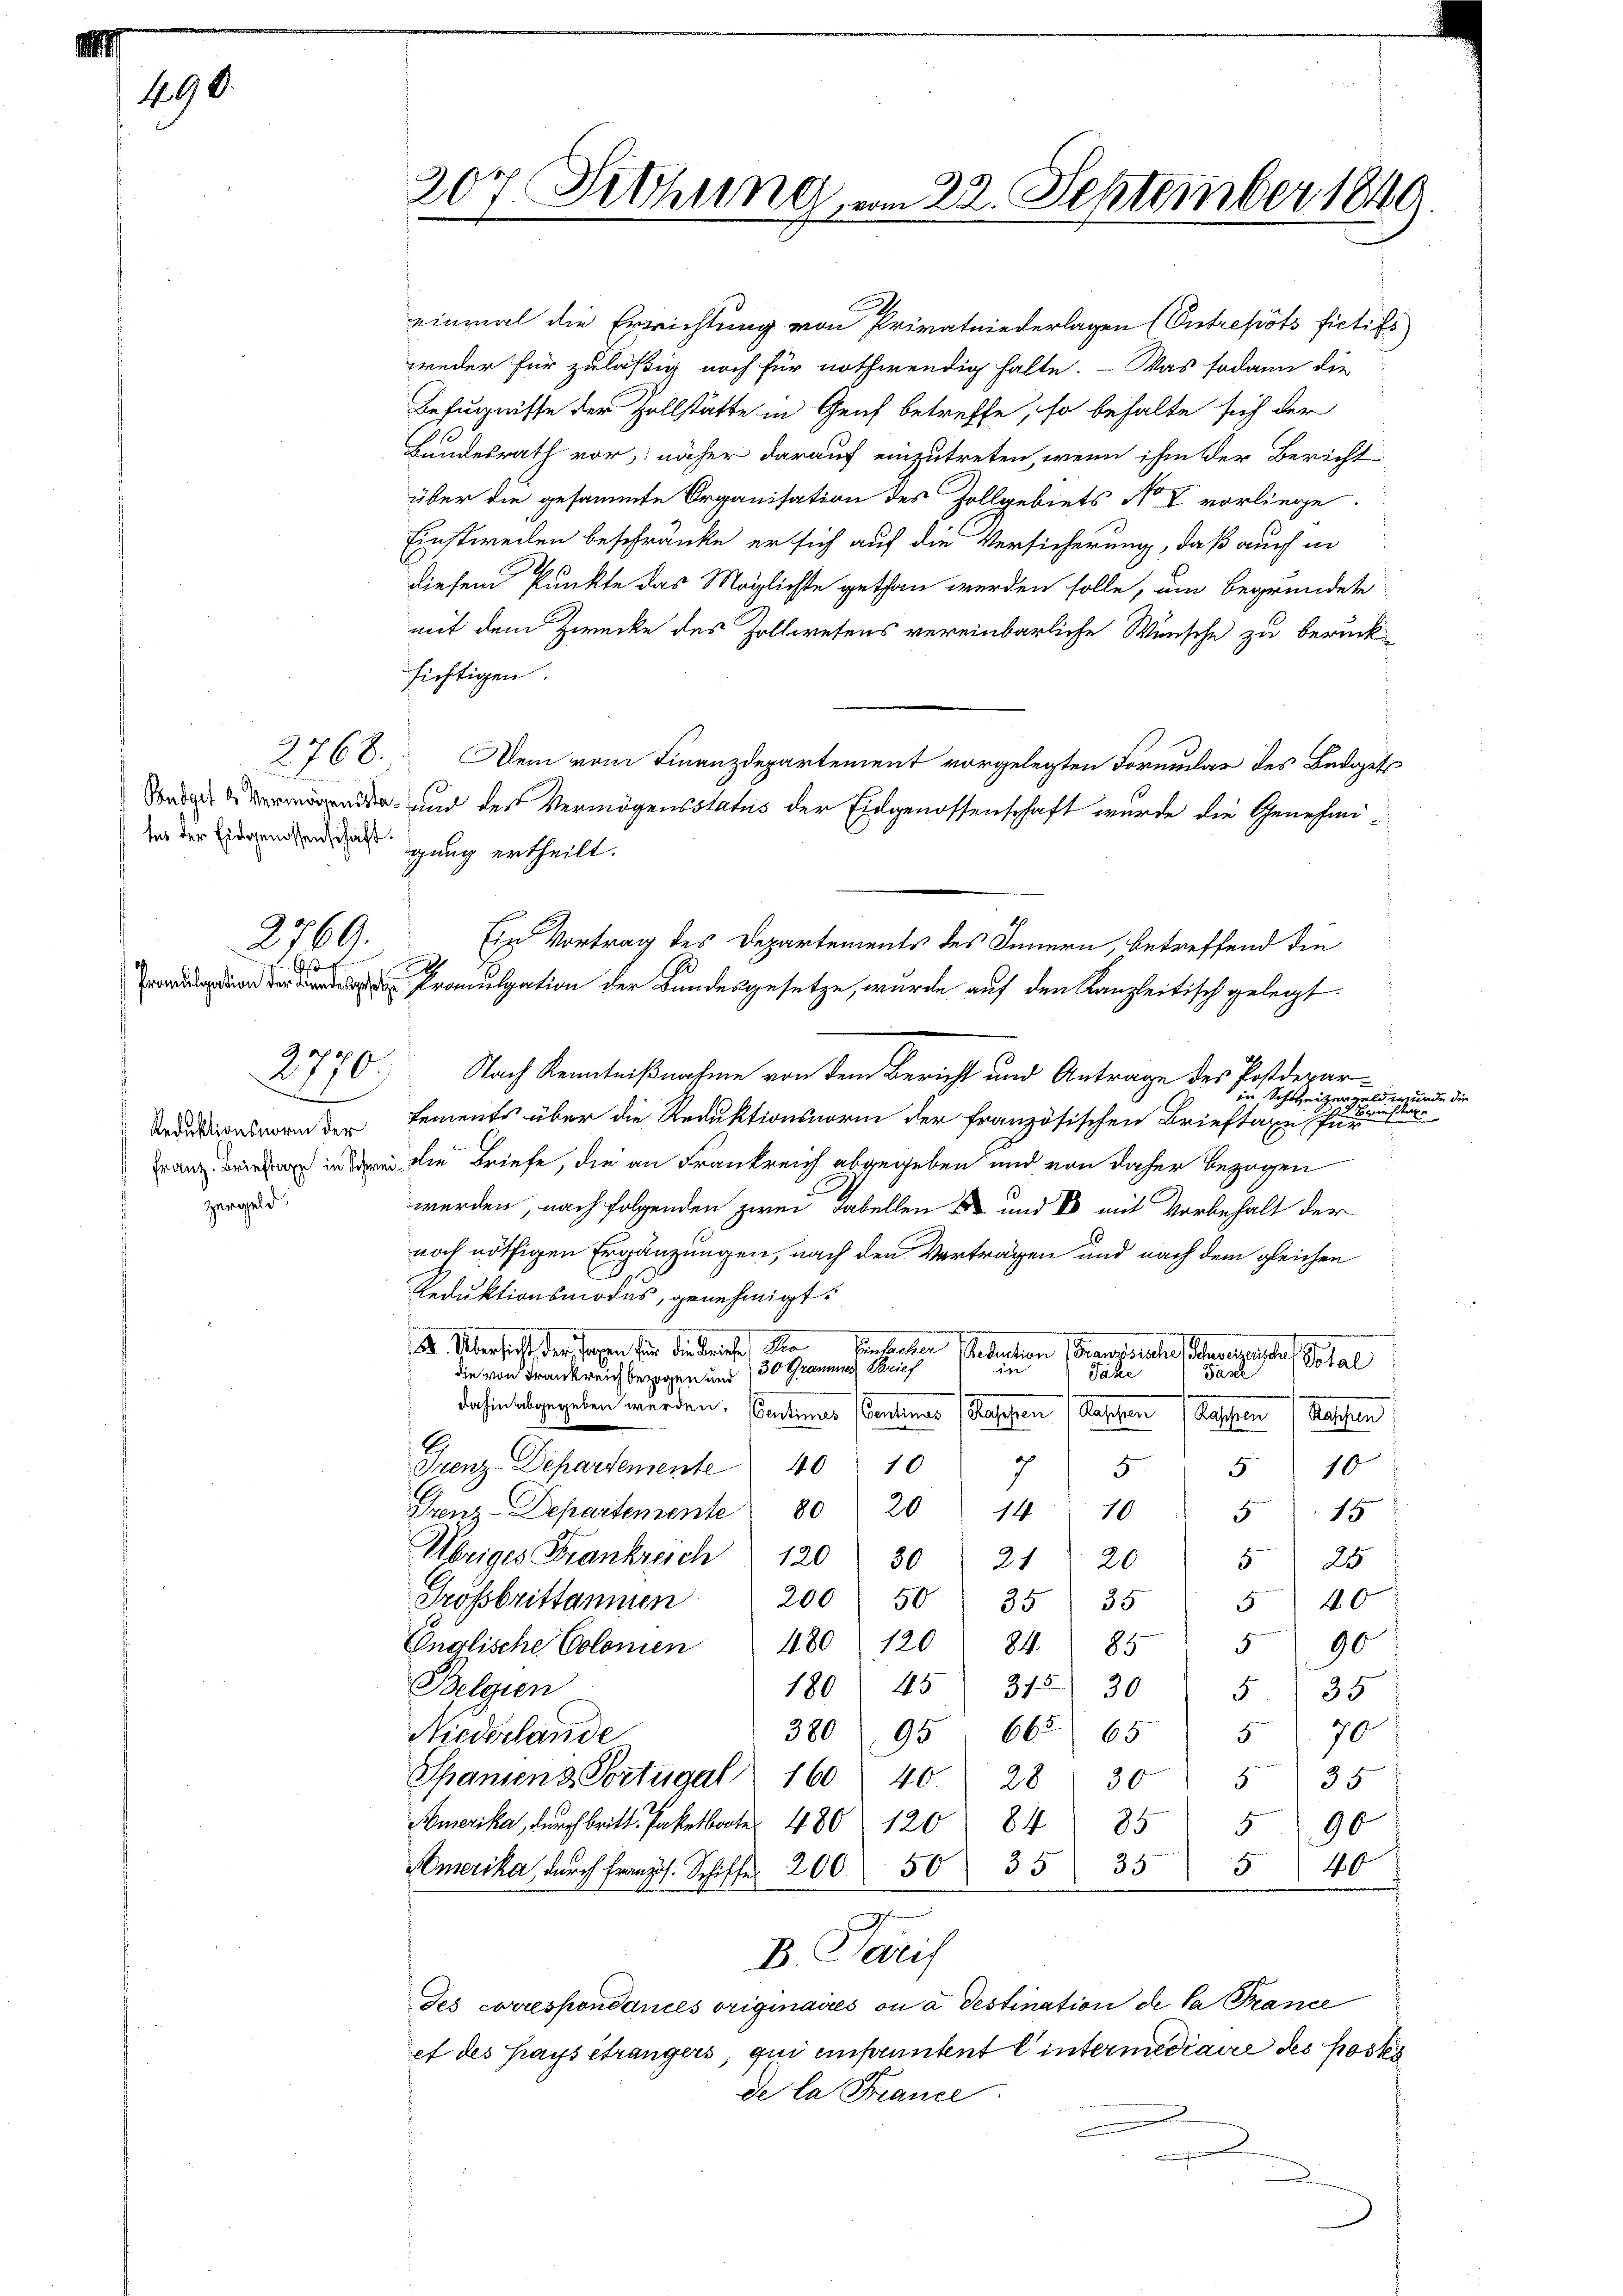
1890.

da der Eidgenossend, als gung ertheilt.

2769.
s

2770.

Reduktionsnorm der
Franz. Brieftaxe in Schw
zergeld.

einmal die Errichtung von Privatniederlagen (Entrepots fictifs
weder für zuläßig noch für nothwendig halte. - Was sodann die
Befugnisse der Zollstätte in Genf betreffe, so behalte sich der
Bundesrath vor, näher darauf einzutreten, wenn ihm der Bericht
über die gesammte Organisation des Zollgebiets No V vorliege.
Einstweilen beschränke er sich auf die Versicherung, daß auch in
.
diesem Punkte das Möglichte gethan werden solle, um begründete
mit dem Zwecke des Zollwesens vereinbarliche Wünsche zu berück-
sichtigen.
2768. Dem vom Finanzdepartement vorgelegten Formular des Bedogets
Ein Vortrag des Departements des Innern, betreffend die
Promulgation der Bundesgesetze, wurde auf den Kanzleitisch gelegt.
Nach Kenntnißnahme von dem Bericht und Antrage des Postderarin Schweizergeld wurde die
227.
Beilage
Lements über die Reduktionsnorm der französischen Brieftaxe für
 die Briefe, die an Frankreich abgegeben und von daher bezogen
werden, nach folgenden zwei Tabellen und es mit Vorbehalt der
noch nöthigen Ergänzungen, nach den Vertragen und nach dem gleichen
Reduktionsmodus, genehmigt.
I. Übersicht der Tagen für die Brache Ra
Einlaster Gebration (Grandsrate (ohne andes Petal
n
die von Frankreich bezogen und 30 Graumes Brief
Sardi
Jahre
.
dahin abgegeben würden. Sentimes (Centinus (Kaschen Raschen Rassen
Kaschen
E
7
Frenz-Departemente
4010
510
5
Grenz-Departemente
80
2014 10
515
Übriges Frankreich 120  30 21 20
5 25
Grossbrittammen
200 50 35) 35
540
590
Englische Colonien 480 120 84 " 85
Belgien
180/45 315) 305. 35
380 95
665. 655 70
Niederlande
b
Spanienz Portugal 160 40 28 30
35
5
Amerika, durch Britt. Paketbort. 480 120 84 855 90
merikar Schiff 200 50 35 355 40
B. Tarif
Jes correspondances originaires ou à destination de la Prance
ef des Kays étrangers, qui einfantent C intermediaire des Postes
de la France
.

207. Fethung, am 22. September 1840.

.

S und der Vermögensstatus der Eidgenossenschaft wurde die Genehmi-